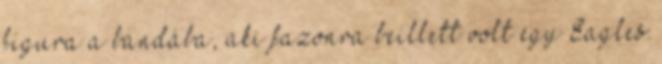
figura a bandába, aki fazonra beillett volt egy Eagles